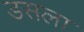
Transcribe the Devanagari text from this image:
डसला